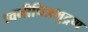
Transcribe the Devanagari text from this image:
ध्वनीचित्रमुद्रण